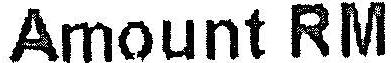
AMOUNT RM